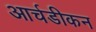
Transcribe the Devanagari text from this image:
आर्चडीकन